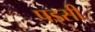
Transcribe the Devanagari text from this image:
पड्सी